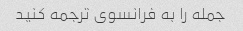
جمله را به فرانسوی ترجمه کنید